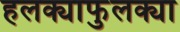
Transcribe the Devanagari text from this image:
हलक्याफुलक्या